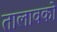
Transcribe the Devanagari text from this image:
तालावको